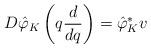
LaTeX: \begin{align*} D\hat{\varphi}_K\left(q\frac{d}{dq} \right)=\hat{\varphi}^*_Kv \end{align*}